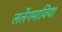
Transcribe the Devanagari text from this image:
ललेंगमाविया